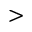
>